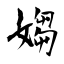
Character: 媰